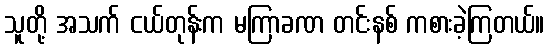
သူတို့ အသက် ငယ်တုန်းက မကြာခဏ တင်းနစ် ကစားခဲ့ကြတယ်။